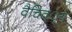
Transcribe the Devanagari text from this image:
वैचित््रय